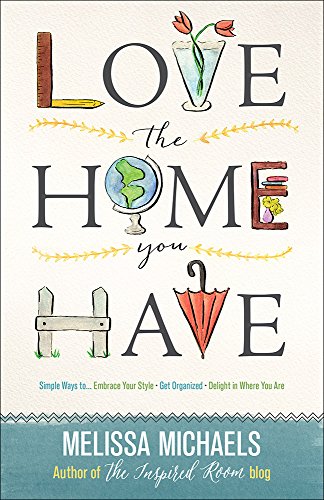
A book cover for Love the Home You Have: Simple Ways to...Embrace Your Style *Get Organized *Delight in Where You Are; Melissa Michaels; Christian Books & Bibles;